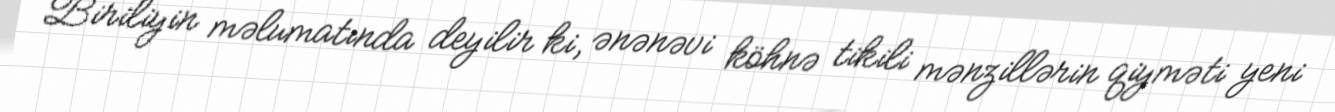
Biriliyin məlumatında deyilir ki, ənənəvi köhnə tikili mənzillərin qiyməti yeni